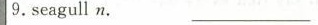
9.seagull n.____________